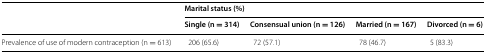
| <ROWSPAN=2>  | <COLSPAN=4> Marital status (%) |
 | Single (n = 314) | Consensual union (n = 126) | Married (n = 167) | Divorced (n = 6) |
 | --- | --- | --- | --- | --- |
 | Prevalence of use of modern contraception (n = 613) | 206 (65.6) | 72 (57.1) | 78 (46.7) | 5 (83.3) |